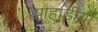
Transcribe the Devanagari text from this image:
पाहाडीयों